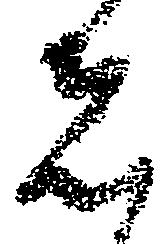
者